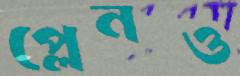
প্লেনও